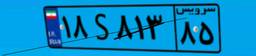
۱۲S۹۴۴۳۸